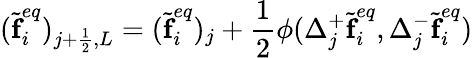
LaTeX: (\widetilde{\textbf{f}}_{i}^{eq})_{j+\frac{1}{2},L}=(\widetilde{\textbf{f}}_{i}^{eq})_{j}+\frac{1}{2}\phi(\Delta_{j}^{+}\widetilde{\textbf{f}}_{i}^{eq},\Delta_{j}^{-}\widetilde{\textbf{f}}_{i}^{eq})